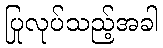
ပြုလုပ်သည့်အခါ